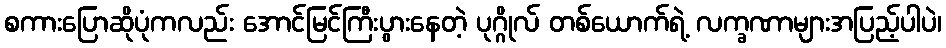
စကားပြောဆိုပုံကလည်း အောင်မြင်ကြီးပွားနေတဲ့ ပုဂ္ဂိုလ် တစ်ယောက်ရဲ့ လက္ခဏာများအပြည့်ပါပဲ၊